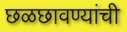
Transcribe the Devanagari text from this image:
छळछावण्यांची